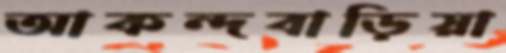
আকন্দবাড়িয়া